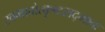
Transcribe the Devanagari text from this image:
स्वभावोत्कृष्टसद्भावः